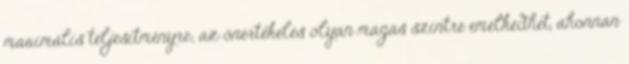
maximális teljesítményre; az önértékelés olyan magas szintre emelkedhet, ahonnan